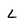
Character: L